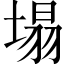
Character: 塌